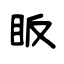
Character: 眅